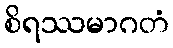
စိရဿမာဂတံ